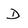
Character: D